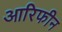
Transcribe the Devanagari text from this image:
आरिफीन